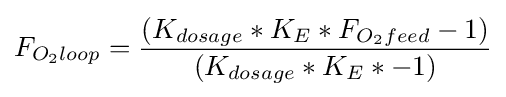
F_{O_{2}loop}={\frac {(K_{dosage}*K_{E}*F_{O_{2}feed}-1)}{(K_{dosage}*K_{E}*-1)}}